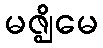
မဇ္ဈိမေ